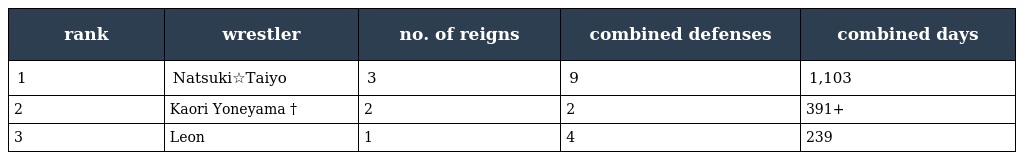
| rank | wrestler | no. of reigns | combined defenses | combined days |
 | --- | --- | --- | --- | --- |
 | 1 | Natsuki☆Taiyo | 3 | 9 | 1,103 |
 | 2 | Kaori Yoneyama † | 2 | 2 | 391+ |
 | 3 | Leon | 1 | 4 | 239 |